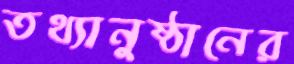
তথ্যানুষ্ঠানের